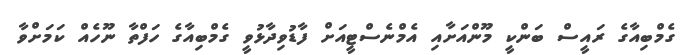
ގެމްބިއާގެ ރައީސް ބަންކީ މޫންއަށާއި އެމްނެސްޓީއަށް ފާޑުވިދާޅުވީ ގެމްބިއާގެ ހަފްތާ ނޫހެއް ކަމަށްވާ